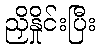
ညှိနှိုင်းပြီး